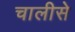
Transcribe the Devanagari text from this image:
चालीसे